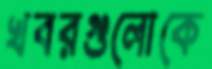
খবরগুলোকে